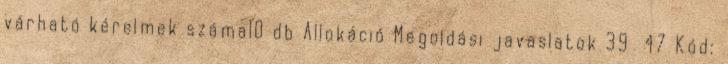
várható kérelmek száma10 db Allokáció Megoldási javaslatok 39 47 Kód: